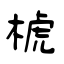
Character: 椃